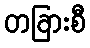
တခြားစီ